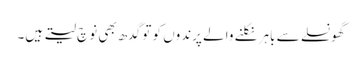
گھونسلے سے باہر نکلنے والے پرندوں کو تو گدھ بھی نوچ لیتے ہیں۔